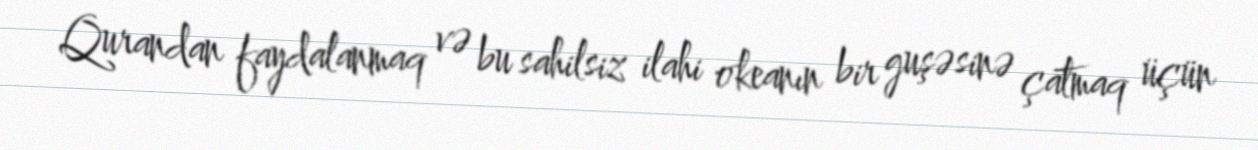
Qurandan faydalanmaq və bu sahilsiz ilahi okeanın bir guşəsinə çatmaq üçün